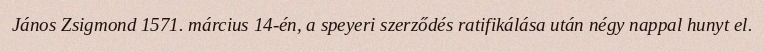
János Zsigmond 1571. március 14-én, a speyeri szerződés ratifikálása után négy nappal hunyt el.